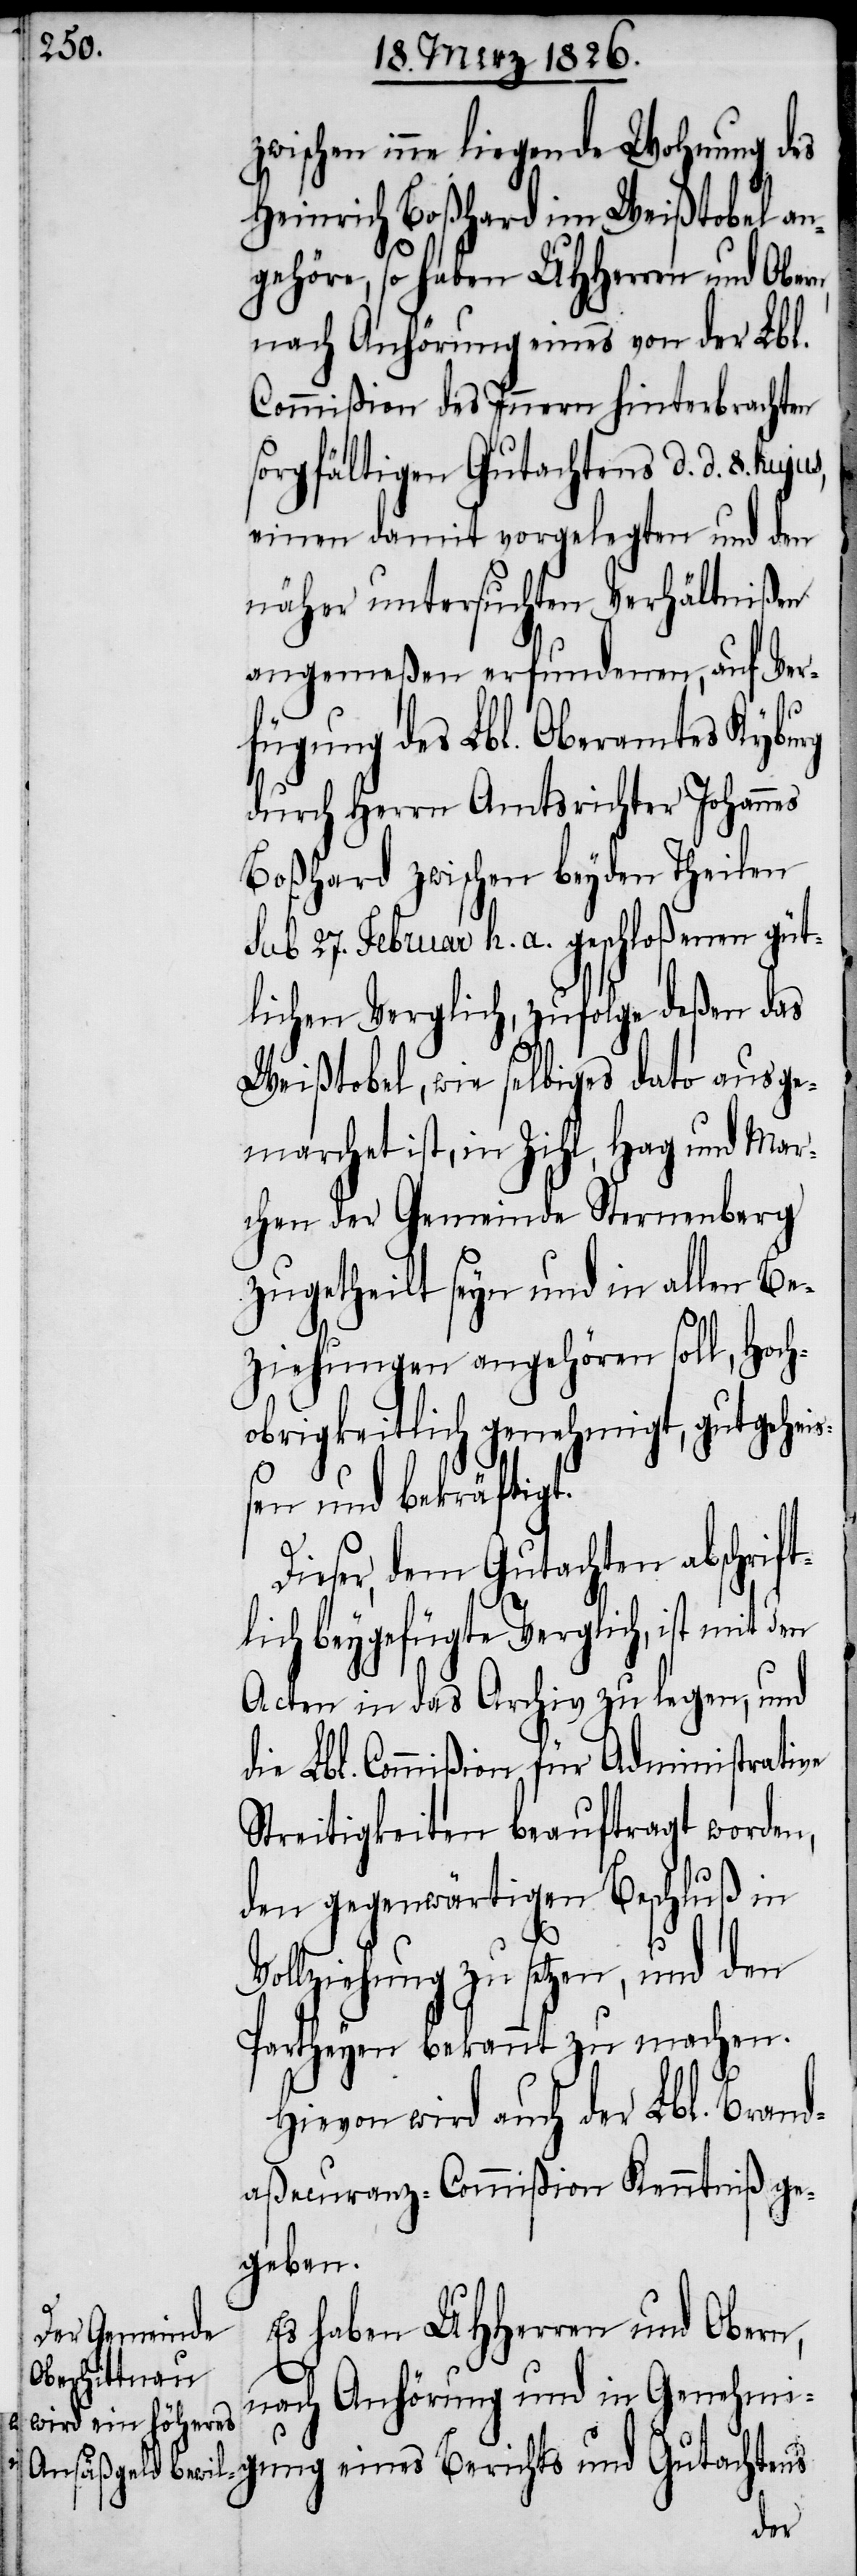
zwischen inne liegende Wohnung des
Heinrich Boßhard im Weißtobel an¬
gehöre, so haben UHHerren und Obern,
nach Anhörung eines von der Lbl.
Commißion des Innern hinterbrachten
sorgfältigen Gutachtens d. d. 8.
einen damit vorgelegten und den
näher untersuchten Verhältnißen
angemeßen erfundenen, auf Ver¬
fügung des Lbl. Oberamtes Kyburg
durch Herrn Amtsrichter Johannes
Boßhard zwischen beyden Theilen
sub 27. Februar h. a. geschloßenen güt¬
lichen Verglich, zufolge deßen das
Weißtobel, wie selbiges dato ausge¬
marchet ist, in Zihl, Haag und Mar¬
chen der Gemeinde Sternenberg
zugetheilt seyn und in allen Be¬
ziehungen angehören soll, Hoch¬
obrigkeitlich genehmigt, gutgehei¬
ßen und bekräftigt.
Dieser, dem Gutachten abschrif¬
tlich beygefügte Verglich, ist mit den
Acten in das Archiv zu legen, und
die Lbl. Commißion für Administrative
Streitigkeiten beauftragt worden,
den gegenwärtigen Beschluß in
Vollziehung zu setzen, und den
Partheyen bekannt zu machen.
Hievon wird auch der Lbl. Brand¬
aßecuranz-Commißion Kenntniß ge¬
geben.
Es haben UHHerren und Obern,
nach Anhörung und in Genehmi¬
gung eines Berichts und Gutachtens